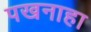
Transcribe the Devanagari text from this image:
पखनाहा